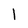
Character: 1